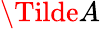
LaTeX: \Tilde{A}